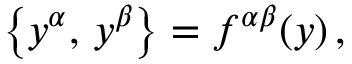
\bigl \{ y ^ { \alpha } , \, y ^ { \beta } \bigr \} = f ^ { \alpha \beta } ( y ) \, ,